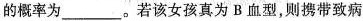
的概率为___。若该女孩真为 B 血型，则携带致病